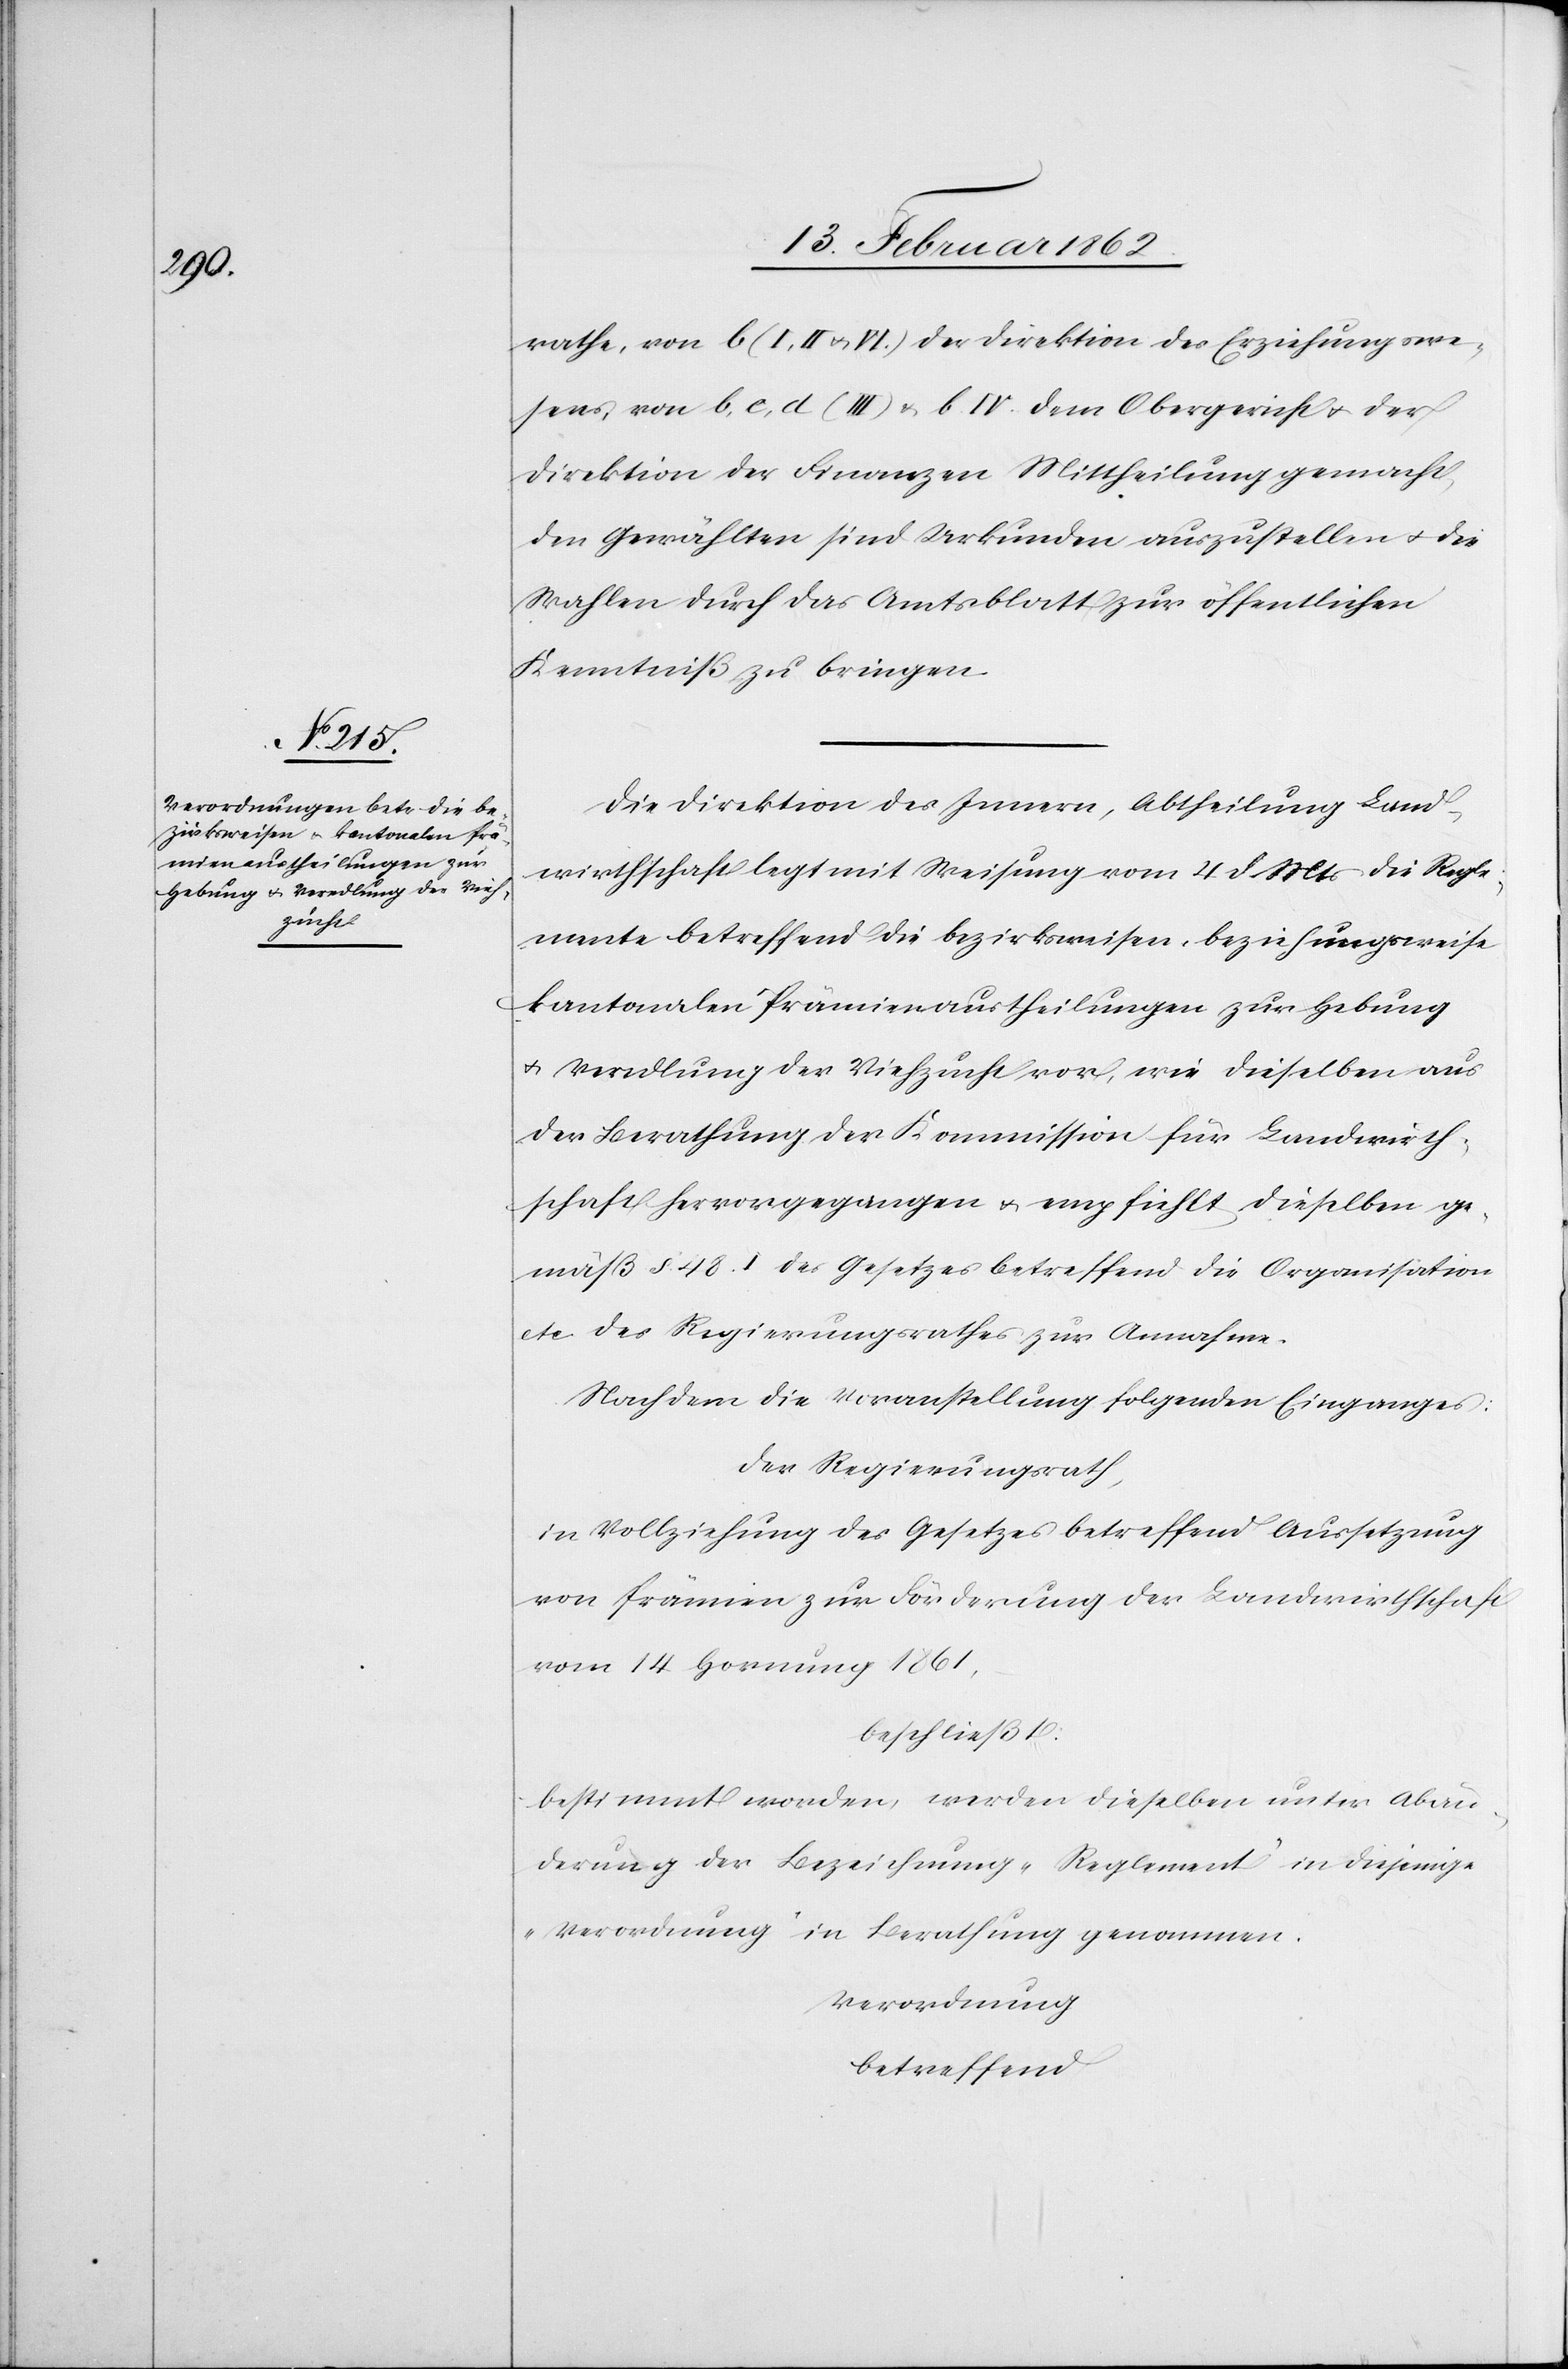
rathe, von b (I, II u. VI) der Direktion des Erziehungswe¬
sens, von b, c, d (III) & b IV dem Obergericht u. der
Direktion der Finanzen Mittheilung gemacht,
den Gewählten sind Urkunden auszustellen u. die
Wahlen durch das Amtsblatt zur öffentlichen
Kenntniß zu bringen.
Die Direktion des Innern, Abtheilung Land¬
wirthschaft legt mit Weisung vom 4 d Mts die Regle¬
mente betreffend die bezirksweisen, beziehungsweise
kantonalen Prämienaustheilungen zur Hebung
u. Veredlung der Viehzucht vor, wie dieselben aus
der Berathung der Kommission für Landwirth¬
schaft hervorgegangen u. empfiehlt dieselben ge¬
mäß § 48. I des Gesetzes betreffend die Organisation
etc. des Regierungsrathes zur Annahme.
Nachdem die Voranstellung folgenden Einganges:
Der Regierungsrath,
In Vollziehung des Gesetzes betreffend Aussetzung
von Prämien zur Förderung der Landwirthschaft
vom 14 Hornung 1861,
beschließt:
bestimmt worden, werden dieselben unter Abän¬
derung der Bezeichnung „Reglement“ in diejenige
„Verordnung“ in Berathung genommen.
Verordnung
betreffend